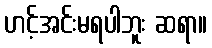
ဟင့်အင်းမရပါဘူး ဆရာ။